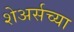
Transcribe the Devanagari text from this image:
शेअर्सच्या